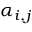
\alpha _ { i , j }